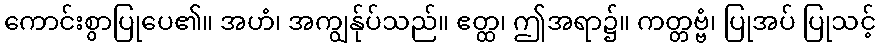
ကောင်းစွာပြုပေ၏။ အဟံ၊ အကျွန်ုပ်သည်။ ဧတ္ထ၊ ဤအရာ၌။ ကတ္တဗ္ဗံ၊ ပြုအပ် ပြုသင့်